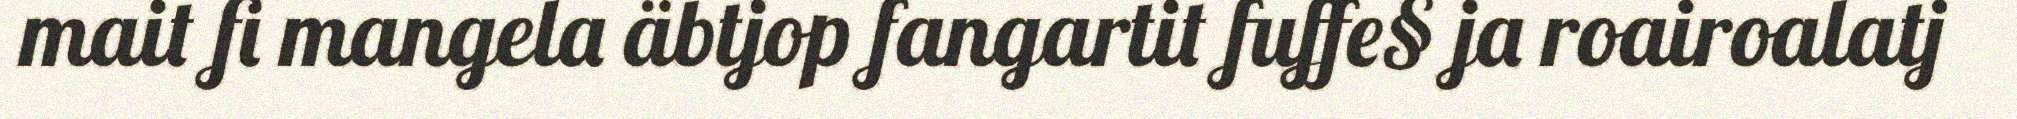
mait fi mangela äbtjop fangartit fuffe§ ja roairoalatj